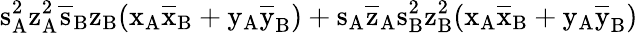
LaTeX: \mathrm{s_{A}^{2}\mathrm{z_{A}^{2}\mathrm{\overline{{s}}_{B}\mathrm{z_{B}(\mathrm{x_{A}\mathrm{\overline{{x}}_{B}+\mathrm{y_{A}\mathrm{\overline{{y}}_{B})+\mathrm{s_{A}\mathrm{\overline{{z}}_{A}\mathrm{s_{B}^{2}\mathrm{z_{B}^{2}(\mathrm{x_{A}\mathrm{\overline{{x}}_{B}+\mathrm{y_{A}\mathrm{\overline{{y}}_{B})}}}}}}}}}}}}}}}}